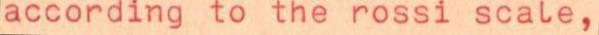
according to the rossi scale,